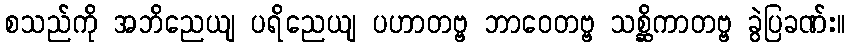
စသည်ကို အဘိညေယျ ပရိညေယျ ပဟာတဗ္ဗ ဘာဝေတဗ္ဗ သစ္ဆိကာတဗ္ဗ ခွဲပြခဏ်း။